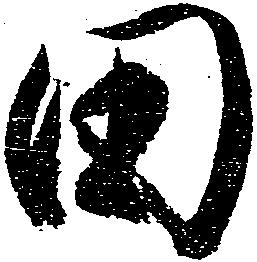
田